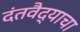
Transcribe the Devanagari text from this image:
दंतवैद्याचा